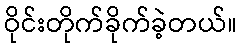
ဝိုင်းတိုက်ခိုက်ခဲ့တယ်။